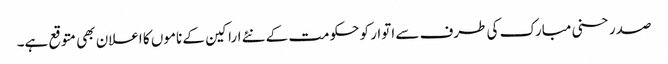
صدر حسنی مبارک کی طرف سے اتوار کو حکومت کے نئے اراکین کے ناموں کا اعلان بھی متوقع ہے۔